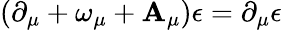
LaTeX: (\partial_{\mu}+\omega_{\mu}+\mathbf{A}_{\mu})\epsilon=\partial_{\mu}\epsilon